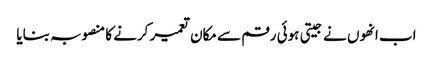
اب انھوں نے جیتی ہوئی رقم سے مکان تعمیر کرنے کا منصوبہ بنایا